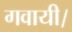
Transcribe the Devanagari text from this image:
गवायी।